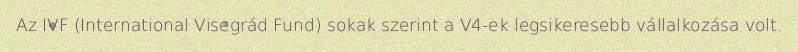
Az IVF (International Visegrád Fund) sokak szerint a V4-ek legsikeresebb vállalkozása volt.